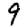
Digit: 9